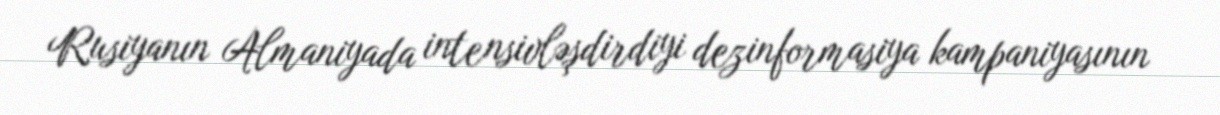
Rusiyanın Almaniyada intensivləşdirdiyi dezinformasiya kampaniyasının